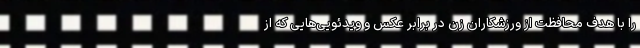
را با هدف محافظت از ورزشکاران زن در برابر عکس و ویدئویی‌هایی که از